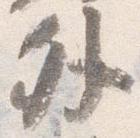
外